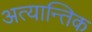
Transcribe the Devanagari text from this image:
अत्यान्तिक